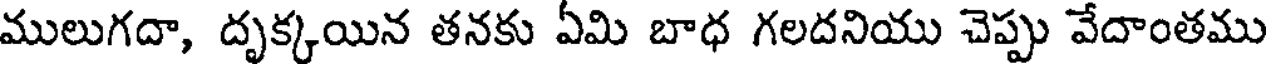
ములుగదా, దృక్కయిన తనకు ఏమి బాధ గలదనియు చెప్పు వేదాంతము